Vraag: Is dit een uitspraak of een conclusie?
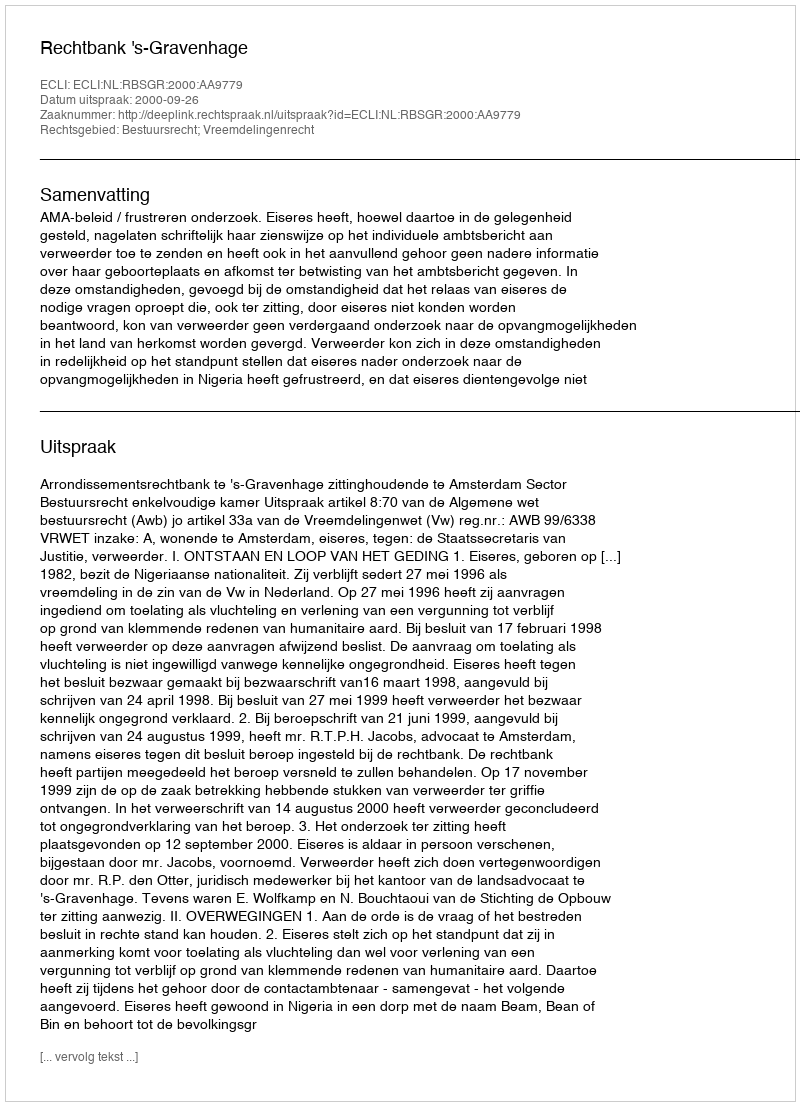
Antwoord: Uitspraak